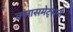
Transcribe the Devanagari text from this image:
क्लासमेट्सनी